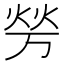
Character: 𰞪